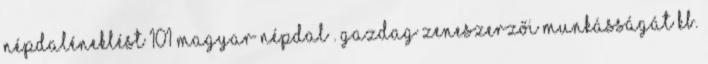
népdaléneklést 101 magyar népdal . Gazdag zeneszerzői munkásságát kb.